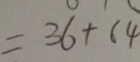
= 3 6 + 6 4